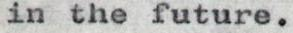
in the future.